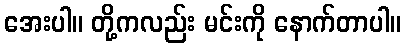
အေးပါ။ တို့ကလည်း မင်းကို နောက်တာပါ။